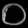
Digit: ၀